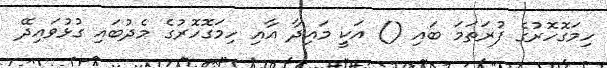
ހިމަގޮހޮރުގެ ފުރަތަމަ ބައި () އަކީ މައިދާ އާއި ހިމަގޮހޮރުގެ މެދުބައި ގުޅުވައިދޭ